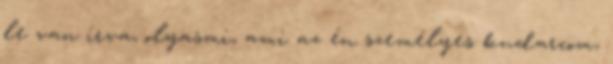
le van írva, olyasmi, ami az én személyes kudarcom,